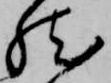
然